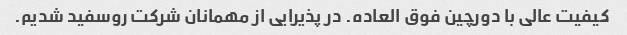
کیفیت عالی با دورچین فوق العاده. در پذیرایی از مهمانان شرکت روسفید شدیم.